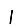
Digit: 1